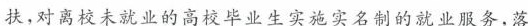
扶，对离校未就业的高校毕业生实施实名制的就业服务，落